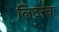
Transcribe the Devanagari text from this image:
लिटरचा